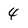
Character: 4